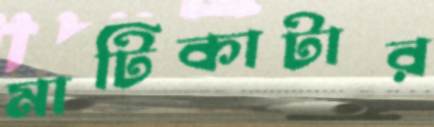
মাটিকাটার